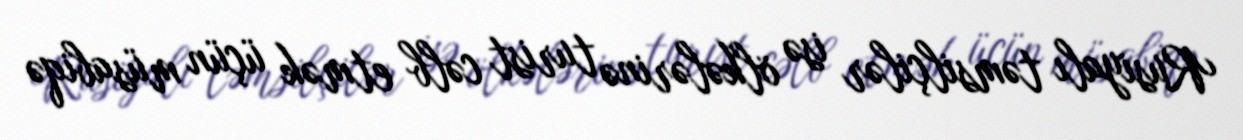
Rusiyalı təmsilçilər isə ölkələrinə turist cəlb etmək üçün müsabiqə